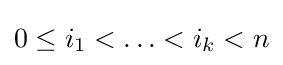
0\leq i_{1}<\ldots <i_{k}<n